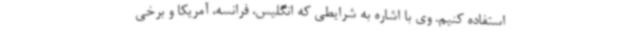
استفاده کنیم. وی با اشاره به شرایطی که انگلیس، فرانسه، آمریکا و برخی